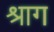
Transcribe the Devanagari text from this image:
श्राग